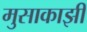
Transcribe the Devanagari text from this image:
मुसाकाझी